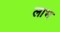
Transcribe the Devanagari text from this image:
लाभ्‍ा